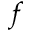
f